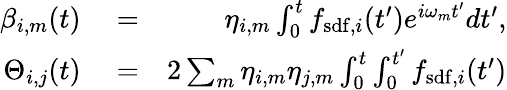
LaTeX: \begin{array}{rlr}{\beta_{i,m}(t)}&{{}=}&{\eta_{i,m}\int_{0}^{t}f_{\mathrm{sdf},i}(t^{\prime})e^{i\omega_{m}t^{\prime}}dt^{\prime},}\\ {\Theta_{i,j}(t)}&{{}=}&{2\sum_{m}\eta_{i,m}\eta_{j,m}\int_{0}^{t}\int_{0}^{t^{\prime}}f_{\mathrm{sdf},i}(t^{\prime})}\end{array}